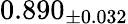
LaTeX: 0.890_{\pm 0.032}